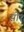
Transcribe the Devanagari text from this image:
सी१